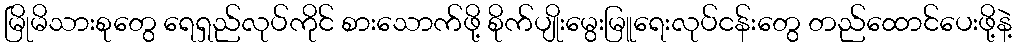
မြိုမိသားစုတွေ ရေရှည်လုပ်ကိုင် စားသောက်ဖို့ စိုက်ပျိုးမွေးမြူရေးလုပ်ငန်းတွေ တည်ထောင်ပေးဖို့နဲ့